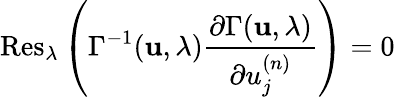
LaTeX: \mathrm{Res}_{\lambda}\left(\Gamma^{-1}({\mathbf u},\lambda)\frac{\partial\Gamma({\mathbf u},\lambda)}{\partial u_{j}^{(n)}}\right)=0